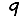
Digit: 9